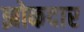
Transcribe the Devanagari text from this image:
झोकदार